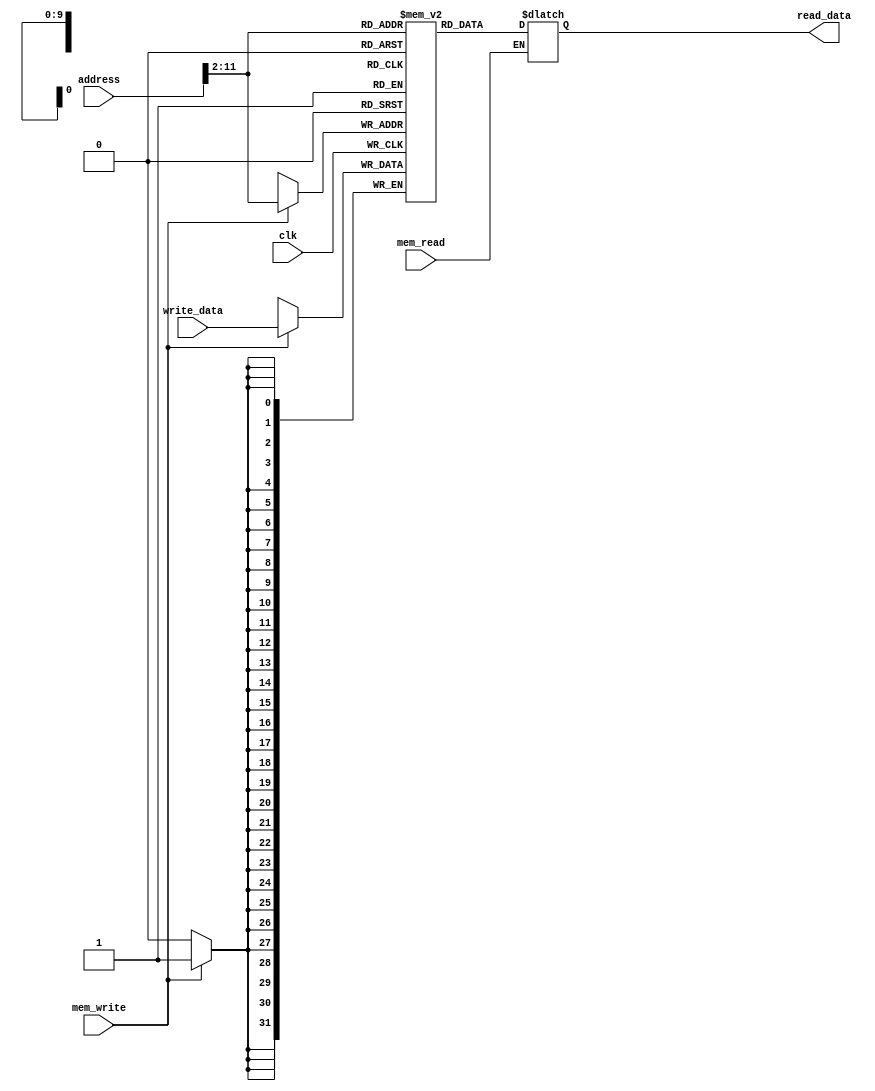
////////////////////////////////////////////DATA_MEMORY///////////////////////////////////////////////////////
module data_memory(input clk,       
                   input mem_read,
                   input mem_write,
                   input [31:0] address,
                   input [31:0] write_data,
                   output reg [31:0] read_data
                   );
                   
    reg [31:0] memory [0:1023];
    integer i;
    
    initial begin
        for(i = 0; i < 1024; i = i + 1) begin
            memory[i] = 0;
        end
    end
    
    always @(posedge clk) begin
        if(mem_write == 1) begin
            memory[address >> 2] = write_data;
        end
    end
    
    always @(address or mem_read) begin
        if(mem_read == 1) begin
            read_data = memory[address >> 2];
        end
    end
endmodule